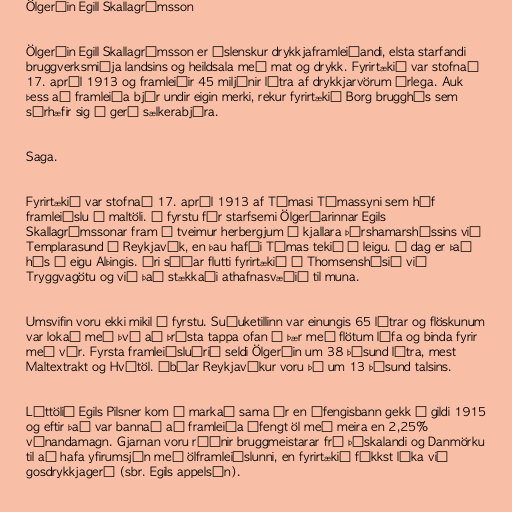
Ölgerðin Egill Skallagrímsson

Ölgerðin Egill Skallagrímsson er íslenskur drykkjaframleiðandi, elsta starfandi
bruggverksmiðja landsins og heildsala með mat og drykk. Fyrirtækið var stofnað
17. apríl 1913 og framleiðir 45 miljónir lítra af drykkjarvörum árlega. Auk
þess að framleiða bjór undir eigin merki, rekur fyrirtækið Borg brugghús sem
sérhæfir sig í gerð sælkerabjóra.

Saga.

Fyrirtækið var stofnað 17. apríl 1913 af Tómasi Tómassyni sem hóf
framleiðslu á maltöli. Í fyrstu fór starfsemi Ölgerðarinnar Egils
Skallagrímssonar fram í tveimur herbergjum í kjallara Þórshamarshússins við
Templarasund í Reykjavík, en þau hafði Tómas tekið á leigu. Í dag er það
hús í eigu Alþingis. Ári síðar flutti fyrirtækið í Thomsenshúsið við
Tryggvagötu og við það stækkaði athafnasvæðið til muna.

Umsvifin voru ekki mikil í fyrstu. Suðuketillinn var einungis 65 lítrar og flöskunum
var lokað með því að þrýsta tappa ofan í þær með flötum lófa og binda fyrir
með vír. Fyrsta framleiðsluárið seldi Ölgerðin um 38 þúsund lítra, mest
Maltextrakt og Hvítöl. Íbúar Reykjavíkur voru þá um 13 þúsund talsins.

Léttölið Egils Pilsner kom á markað sama ár en áfengisbann gekk í gildi 1915
og eftir það var bannað að framleiða áfengt öl með meira en 2,25%
vínandamagn. Gjarnan voru ráðnir bruggmeistarar frá Þýskalandi og Danmörku
til að hafa yfirumsjón með ölframleiðslunni, en fyrirtækið fékkst líka við
gosdrykkjagerð (sbr. Egils appelsín).